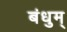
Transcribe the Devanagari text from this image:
बंधुम्